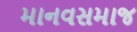
માનવસમાજ